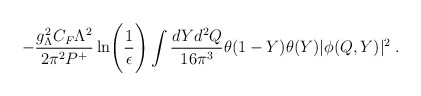
\begin{align*}-{g_\Lambda^2 C_F \Lambda^2 \over 2\pi^2 P^+} \ln\Biggl({1 \over\epsilon}\Biggr) \int {dY d^2Q \over 16\pi^3}\theta(1-Y) \theta(Y) |\phi(Q,Y)|^2 \;.\end{align*}